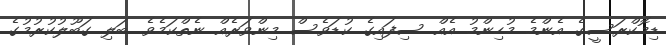
ޑިމޮކްރަސީގެ އެންމެ މުހިންމު އެއް ސިފައިގެ ކުޑަވެސް މިންވަރެއް ނެތްކަމެވެ. ބަލި ގަބޫލުކުރުމުގެ